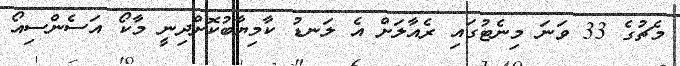
މެޗުގެ 33 ވަނަ މިނެޓުގައި ރެއާލަށް އެ ލަނޑު ކާމިޔާބުކޮށްދިނީ މާކޯ އަސެންސިއޯ